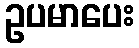
ဥပမာပေး